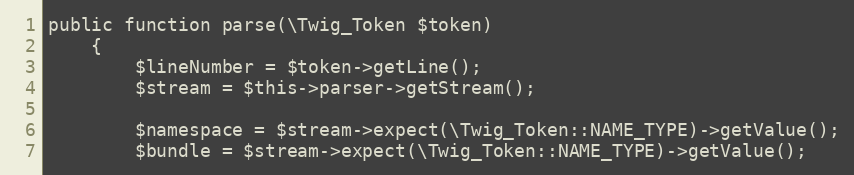
Language: PHP
public function parse(\Twig_Token $token)
    {
        $lineNumber = $token->getLine();
        $stream = $this->parser->getStream();

        $namespace = $stream->expect(\Twig_Token::NAME_TYPE)->getValue();
        $bundle = $stream->expect(\Twig_Token::NAME_TYPE)->getValue();